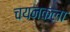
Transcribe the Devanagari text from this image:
चयनकला